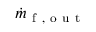
\dot { m } _ { \mathrm { ~ f ~ , ~ o ~ u ~ t ~ } }